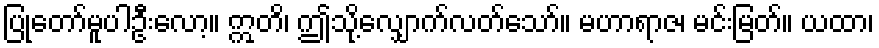
ပြုတော်မူပါဦးလော့။ ဣတိ၊ ဤသို့လျှောက်လတ်သော်။ မဟာရာဇ၊ မင်းမြတ်။ ယထာ၊